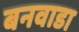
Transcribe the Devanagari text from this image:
बनवाडा